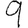
Digit: 9